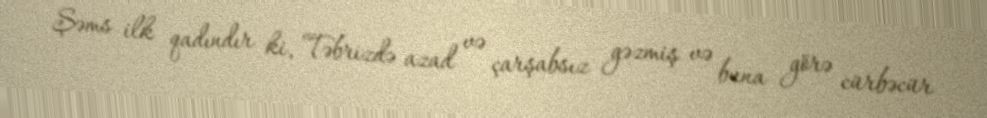
Şəms ilk qadındır ki, Təbrizdə azad və çarşabsız gəzmiş və buna görə cürbəcür